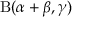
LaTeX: \mathrm { B } ( \alpha + \beta , \gamma )